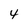
Character: 4